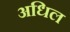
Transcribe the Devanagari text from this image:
अधिल